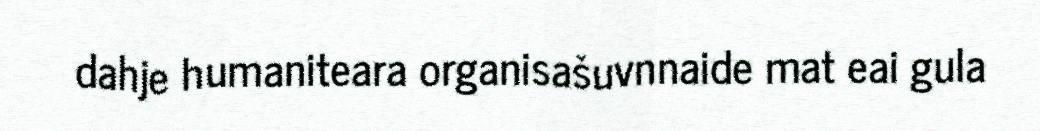
dahje humaniteara organisašuvnnaide mat eai gula